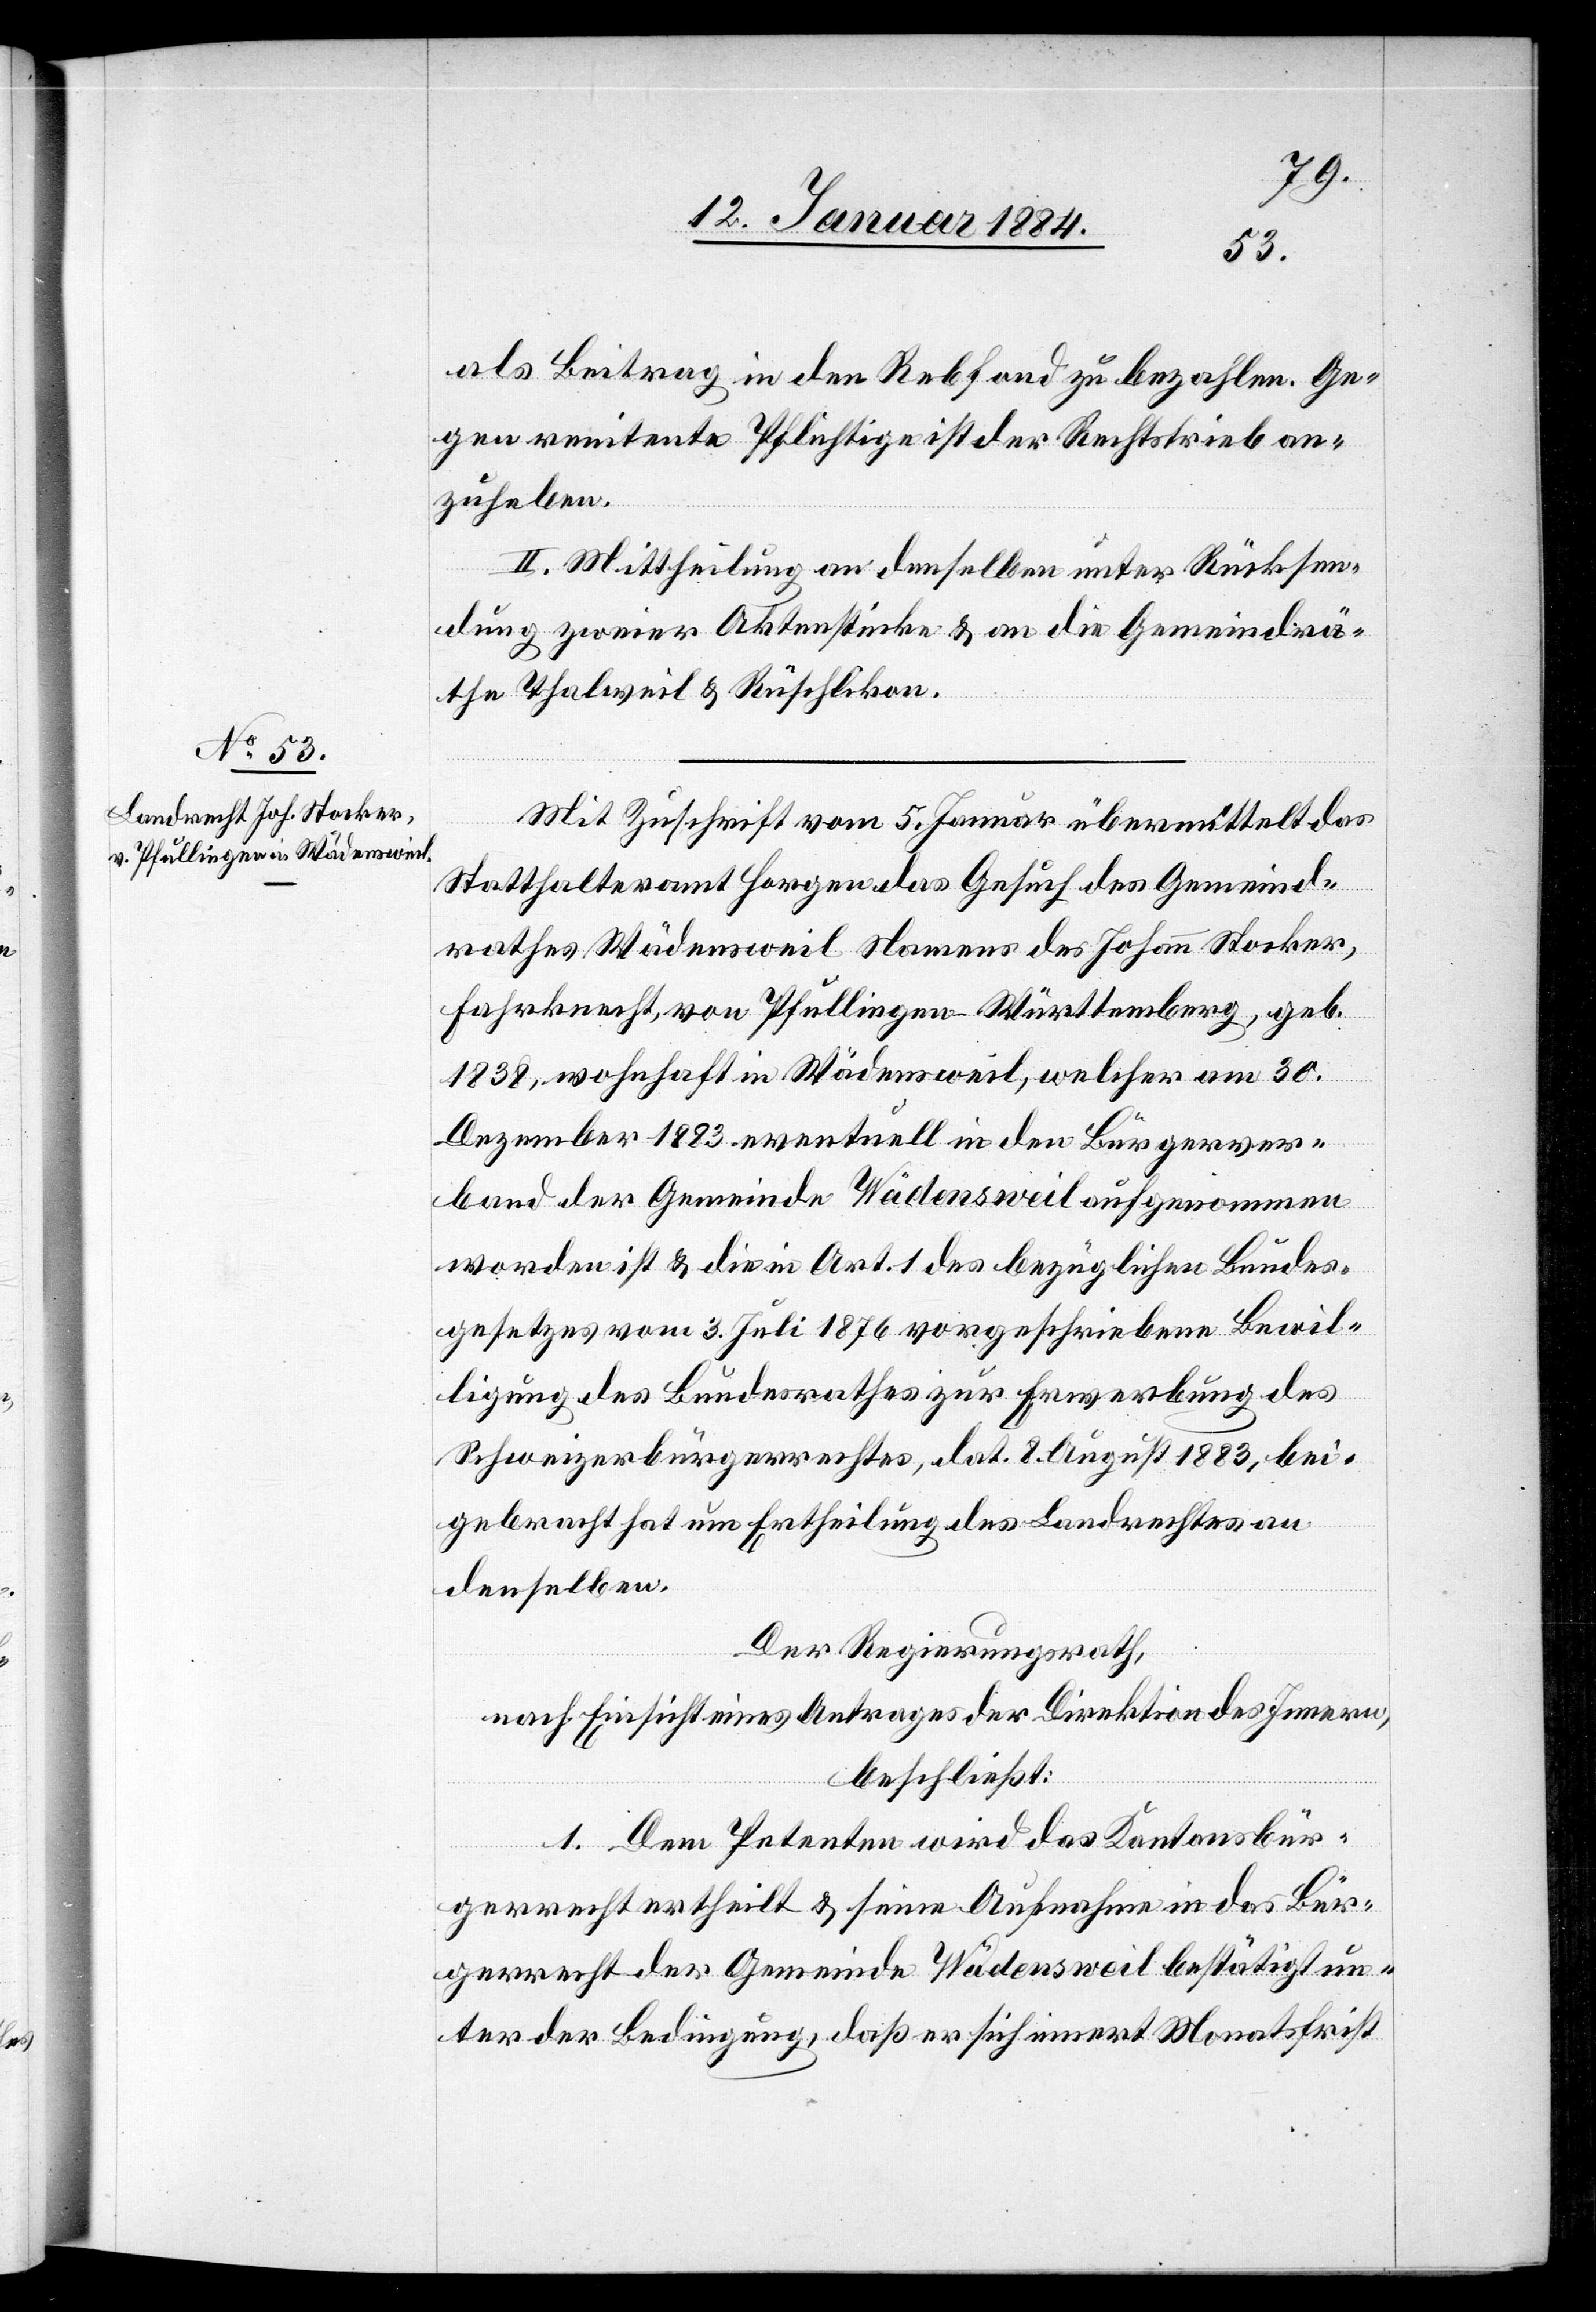
als Beitrag in den Rebfond zu bezahlen, ge¬
gen renitente Pflichtige ist der Rechtstrieb an¬
zuheben.
II. Mittheilung an denselben unter Rücksen¬
dung zweier Aktenstücke & an die Gemeindrä¬
the Thalweil & Rüschlikon.
Mit Zuschrift vom 5. Januar übermittelt das
Statthalteramt Horgen das Gesuch des Gemeind¬
rathes Wädensweil Namens des Johann Stocker,
Fahrknecht, von Pfullingen - Württemberg, geb.
1838, wohnhaft in Wädensweil, welcher am 30.
Dezember 1883 eventuell in den Bürgerver¬
band der Gemeinde Wädensweil aufgenommen
worden ist & die in Art. 1 des bezüglichen Bundes¬
gesetzes vom 3. Juli 1876 vorgeschriebene Bewil¬
ligung des Bundesrathes zur Erwerbung des
Schweizerbürgerrechtes, dat. 8. August 1883, bei¬
gebracht hat um Ertheilung des Landrechtes an
denselben.
Der Regierungsrath,
nach Einsicht eines Antrages der Direktion des Innern,
beschließt:
1. Dem Petenten wird das Kantonsbür¬
gerrecht ertheilt & seine Aufnahme in das Bür¬
gerrecht der Gemeinde Wädensweil bestätigt un¬
ter der Bedingung, daß er sich innert Monatsfrist